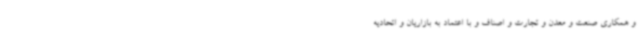
و همکاری صنعت و معدن و تجارت و اصناف و با اعتماد به بازاریان و اتحادیه